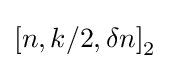
\left[n,k/2,\delta n\right]_{2}